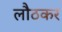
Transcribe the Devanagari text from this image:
लौठकर